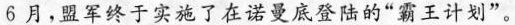
6月，盟军终于实施了在诺曼底登陆的”霸王计划”。